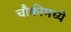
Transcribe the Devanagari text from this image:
चौकीमध्ये